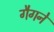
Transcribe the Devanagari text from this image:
गैगने